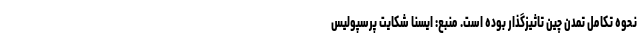
نحوه تکامل تمدن چین تاثیزگذار بوده است. منبع: ایسنا شکایت پرسپولیس